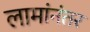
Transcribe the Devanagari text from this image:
लामांनंतर